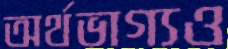
অর্থভাগ্যও